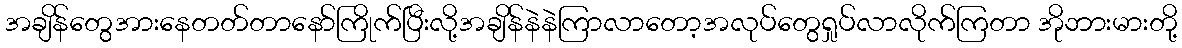
အချိန်တွေအားနေတတ်တာနော်ကြိုက်ပြီးလို့အချိန်နဲနဲကြာလာတော့အလုပ်တွေရှုပ်လာလိုက်ကြတာ အိုဘားမားတို့